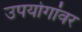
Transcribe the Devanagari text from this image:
उपयोगांवर